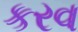
કરવ